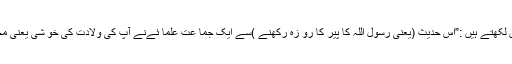
معروف اہلحد یث عالم علامہ وحید الزما ن لکھتے ہیں :”اس حدیث (یعنی رسول اللہ کا پیر کا رو زہ رکھنے )سے ایک جما عت علما ئےنے آپ کی ولادت کی خو شی یعنی مجلس میلاد کر نے کا جواز ثا بت کیا ہے۔